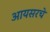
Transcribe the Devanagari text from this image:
आयसरचे